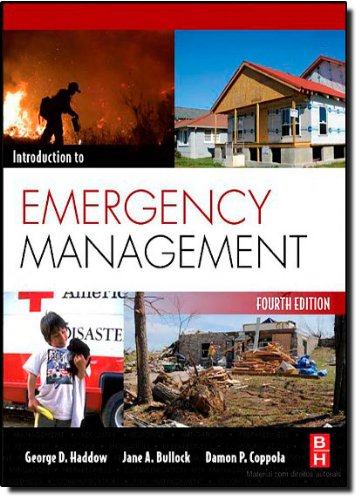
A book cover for Introduction to Emergency Management, Fourth Edition; George Haddow; Business & Money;